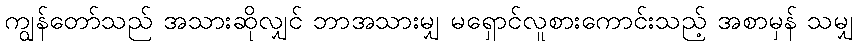
ကျွန်တော်သည် အသားဆိုလျှင် ဘာအသားမျှ မရှောင်လူစားကောင်းသည့် အစာမှန် သမျှ